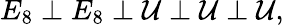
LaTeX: E_{8}\perp E_{8}\perp{\cal U}\perp{\cal U}\perp{\cal U},